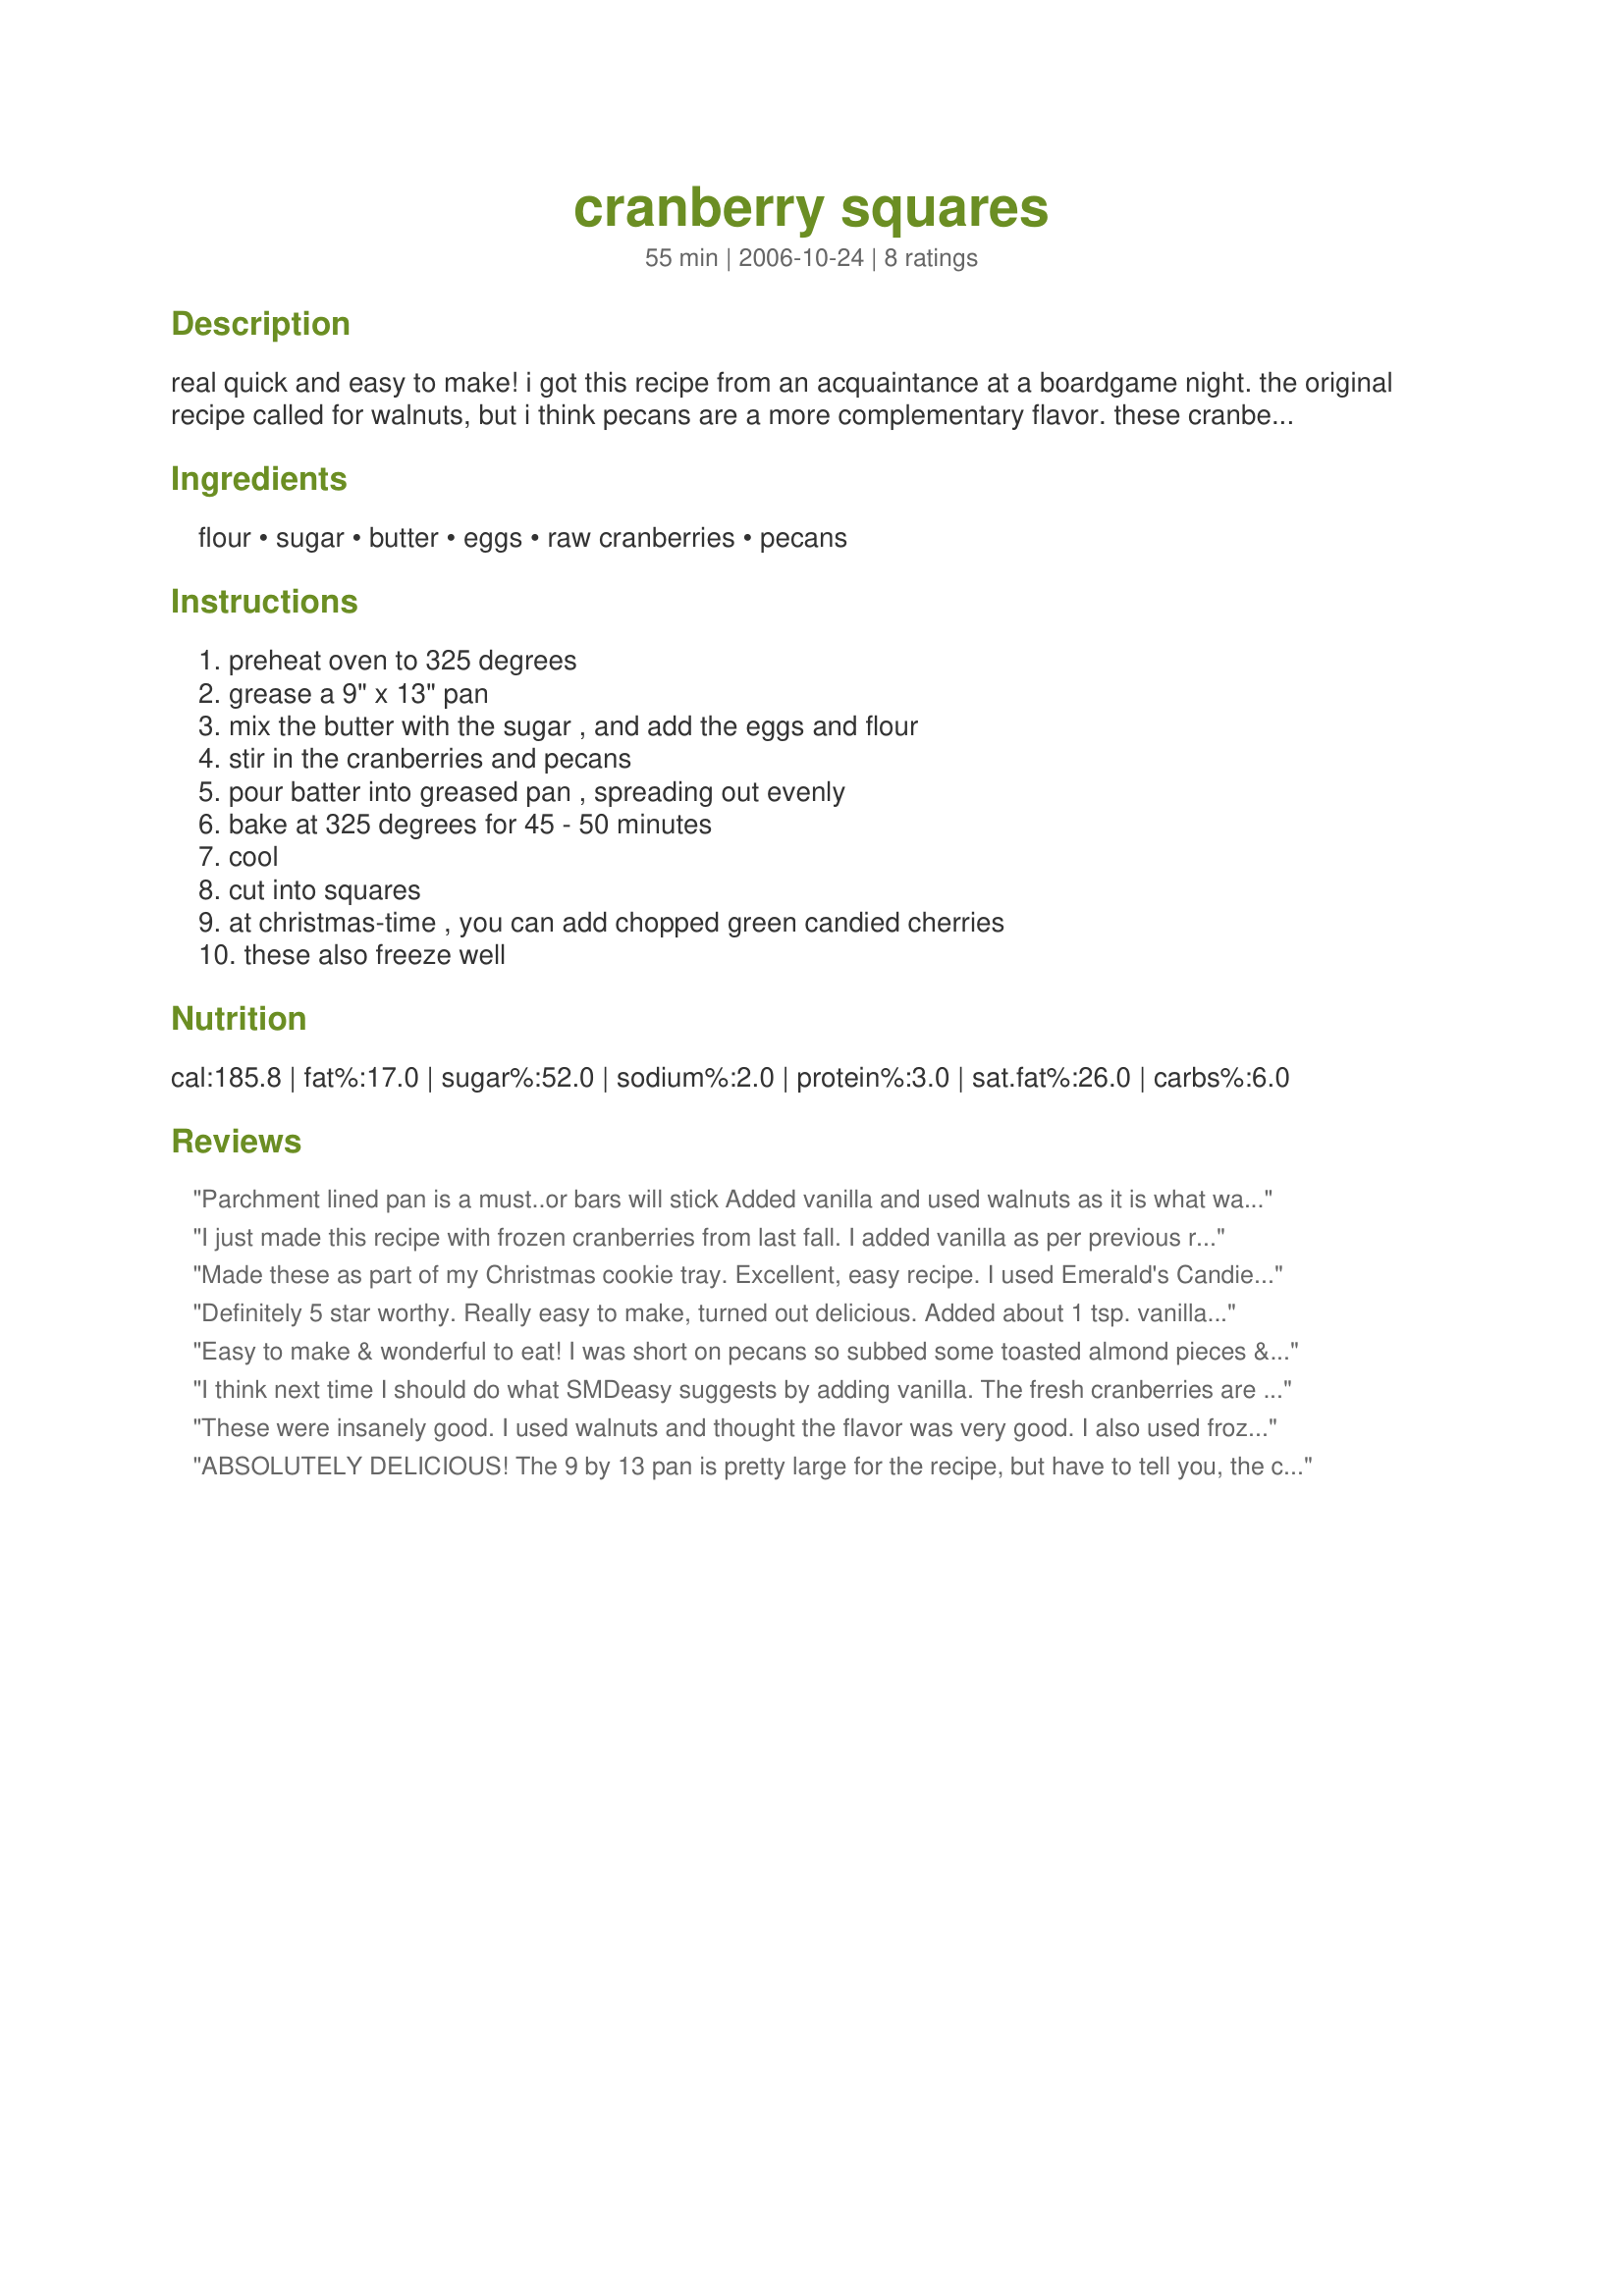
cranberry squares
Preparation time: 55 minutes

real quick and easy to make! i got this recipe from an acquaintance at a boardgame night. the original recipe called for walnuts, but i think pecans are a more complementary flavor. these cranberry bars are delicious, with a delightful balance of sweet and tart. don't count on leftovers - these moist squares get gobbled right up!

Ingredients:
flour, sugar, butter, eggs, raw cranberries, pecans

Steps:
preheat oven to 325 degrees, grease a 9" x 13" pan, mix the butter with the sugar , and add the eggs and flour, stir in the cranberries and pecans, pour batter into greased pan , spreading out evenly, bake at 325 degrees for 45 - 50 minutes, cool, cut into squares, at christmas-time , you can add chopped green candied cherries, these also freeze well

Reviews:
Parchment lined pan is a must..or bars will stick Added vanilla and used walnuts as it is what was on hand....absolutely delicious....a regular all year round for me now. But especially a staple on the holidays.
I just made this recipe with frozen cranberries from last fall. I added vanilla as per previous recommendations and I did not have any nuts in the cupboard so I omitted them. My boyfriend and I cannot stop eating them! Very well balanced, quick and didn't even require a trip to the grocery store. Thanks for posting!
Made these as part of my Christmas cookie tray. Excellent, easy recipe. I used Emerald's Candied Pecans, which added some extra flavor. A keeper!
Definitely 5 star worthy. Really easy to make, turned out delicious. Added about 1 tsp. vanilla as I had read the other reviews and we, too, can't stop eating them.
Easy to make & wonderful to eat! I was short on pecans so subbed some toasted almond pieces & in keeping with that flavor change, I added a teaspoon of almond liqueur. Next time, I'm going to add some grated orange peel for variety. Thanks for posting this winner!
I think next time I should do what SMDeasy suggests by adding vanilla. The fresh cranberries are a little overpowering taste, so my result turned out to be a little on the bitter side..
These were insanely good. I used walnuts and thought the flavor was very good. I also used frozen cranberries which ended up lengthening the cooking time by about 10 minutes. I added a tsp of vanilla and frosted them with melted vanilla chips. Even my son, who normally does not care for anything with cranberries, loved this recipe. Thank you!
ABSOLUTELY DELICIOUS! The 9 by 13 pan is pretty large for the recipe, but have to tell you, the crispiness that results is one of the reasons why we love it. I used a sheet of parchment paper on the bottom of the pan, otherwise I think it would have been hard to remove the squares. Thanks for a new favorite, Divaconviva!
